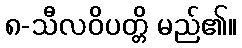
၈-သီလဝိပတ္တိ မည်၏။